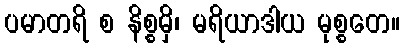
ပမာတရိ စ နိစ္စမှိ၊ မရိယာဒါယ မုစ္စတေ။